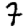
Digit: 7